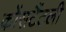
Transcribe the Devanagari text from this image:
कोंसटैंटली